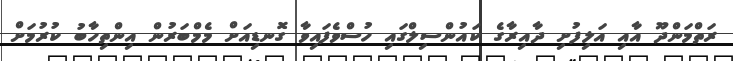
ރަތްމަންދޫ އާއި އަލިފުށި ދާއިރާގެ ކައުންސިލްގައި ހުސްވެފައިވާ ގޮނޑިއަށް މެމްބަރުން އިންތިހާބު ކުރުމަށް